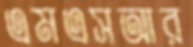
এমএসআর